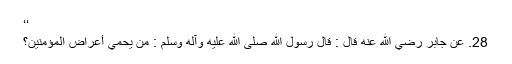
‘‘
28. عَنْ جَابِرٍ رضي الله عنه قَالَ : قَالَ رَسُوْلُ اللهِ صلی الله عليه وآله وسلم : مَنْ يَحْمِي أَعْرَاضَ الْمُؤْمِنِيْنَ؟